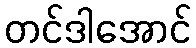
တင်ဒါအောင်